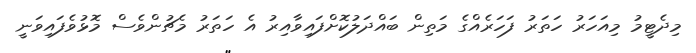
މިދެޓީމު މިއަހަރު ހަތަރު ފަހަރެއްގެ މަތިން ބައްދަލުކޮށްފައިވާއިރު އެ ހަތަރު މެޗުންވެސް މޮޅުވެފައިވަނީ